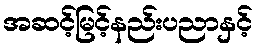
အဆင့်မြင့်နည်းပညာနှင့်